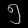
Digit: ၅